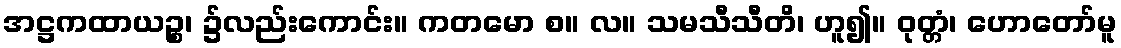
အဋ္ဌကထာယဉ္စ၊ ၌လည်းကောင်း။ ကတမော စ။ လ။ သမသီသီတိ၊ ဟူ၍။ ဝုတ္တံ၊ ဟောတော်မူ